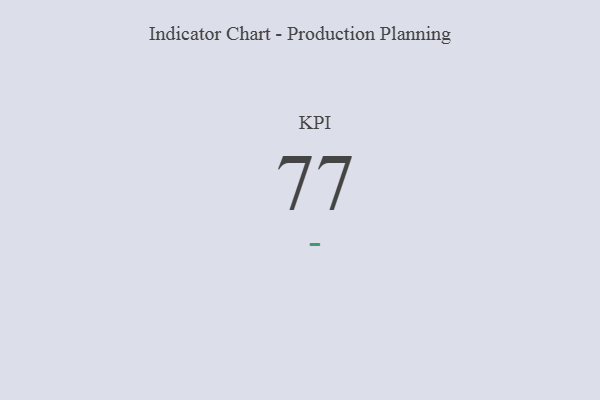
{"axis": {"x": "KPI", "y": "Value"}, "legend": [""], "data": [{"x": "KPI", "y": 77, "type": ""}]}